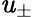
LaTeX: \mathit{u}_{\pm}